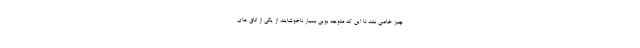
چیز خاصی نشد تا این که متوجه بویی بسیار ناخوشایند از یکی از اتاق های